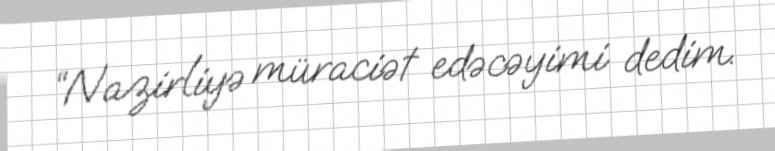
“Nazirliyə müraciət edəcəyimi dedim.